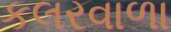
કલરવાળા